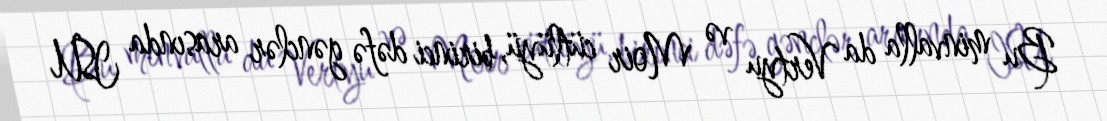
Bu minvalla da Vertyu və Moir cütlüyü, birinci dəfə gənclər arasında ISU